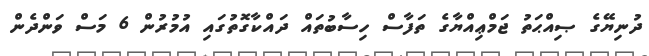
ދުނިޔޭގެ ޞިއްޙަތު ޖަމްޢިއްޔާގެ ތަފާސް ހިސާބުތައް ދައްކާގޮތުގައި އުމުރުން 6 މަސް ވަންދެން